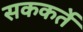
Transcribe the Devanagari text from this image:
सककर्ते